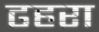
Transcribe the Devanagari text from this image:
ढहरा